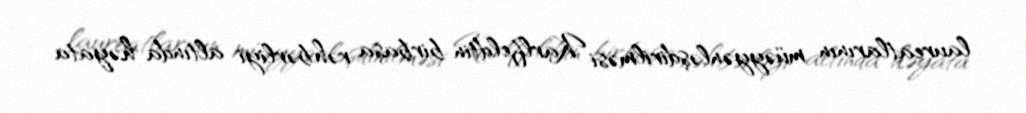
laureatlarının müəyyənləşdirilməsi Karlfeldtin birbaşa rəhbərliyi altında həyata